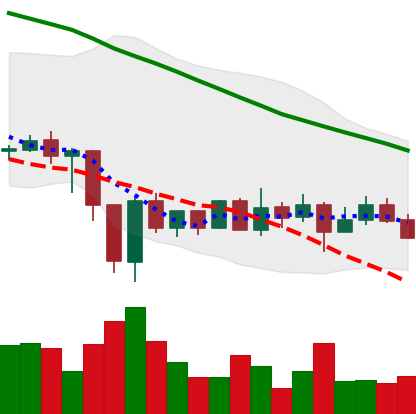
Ticker: ADA-USD
Chart end date: 2019-12-31
Forward return: 5.712%
Label: up_5_7